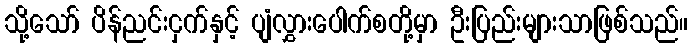
သို့သော် ပိန်ညင်းငှက်နှင့် ပျံလွှားပေါက်စတို့မှာ ဦးပြည်းများသာဖြစ်သည်။